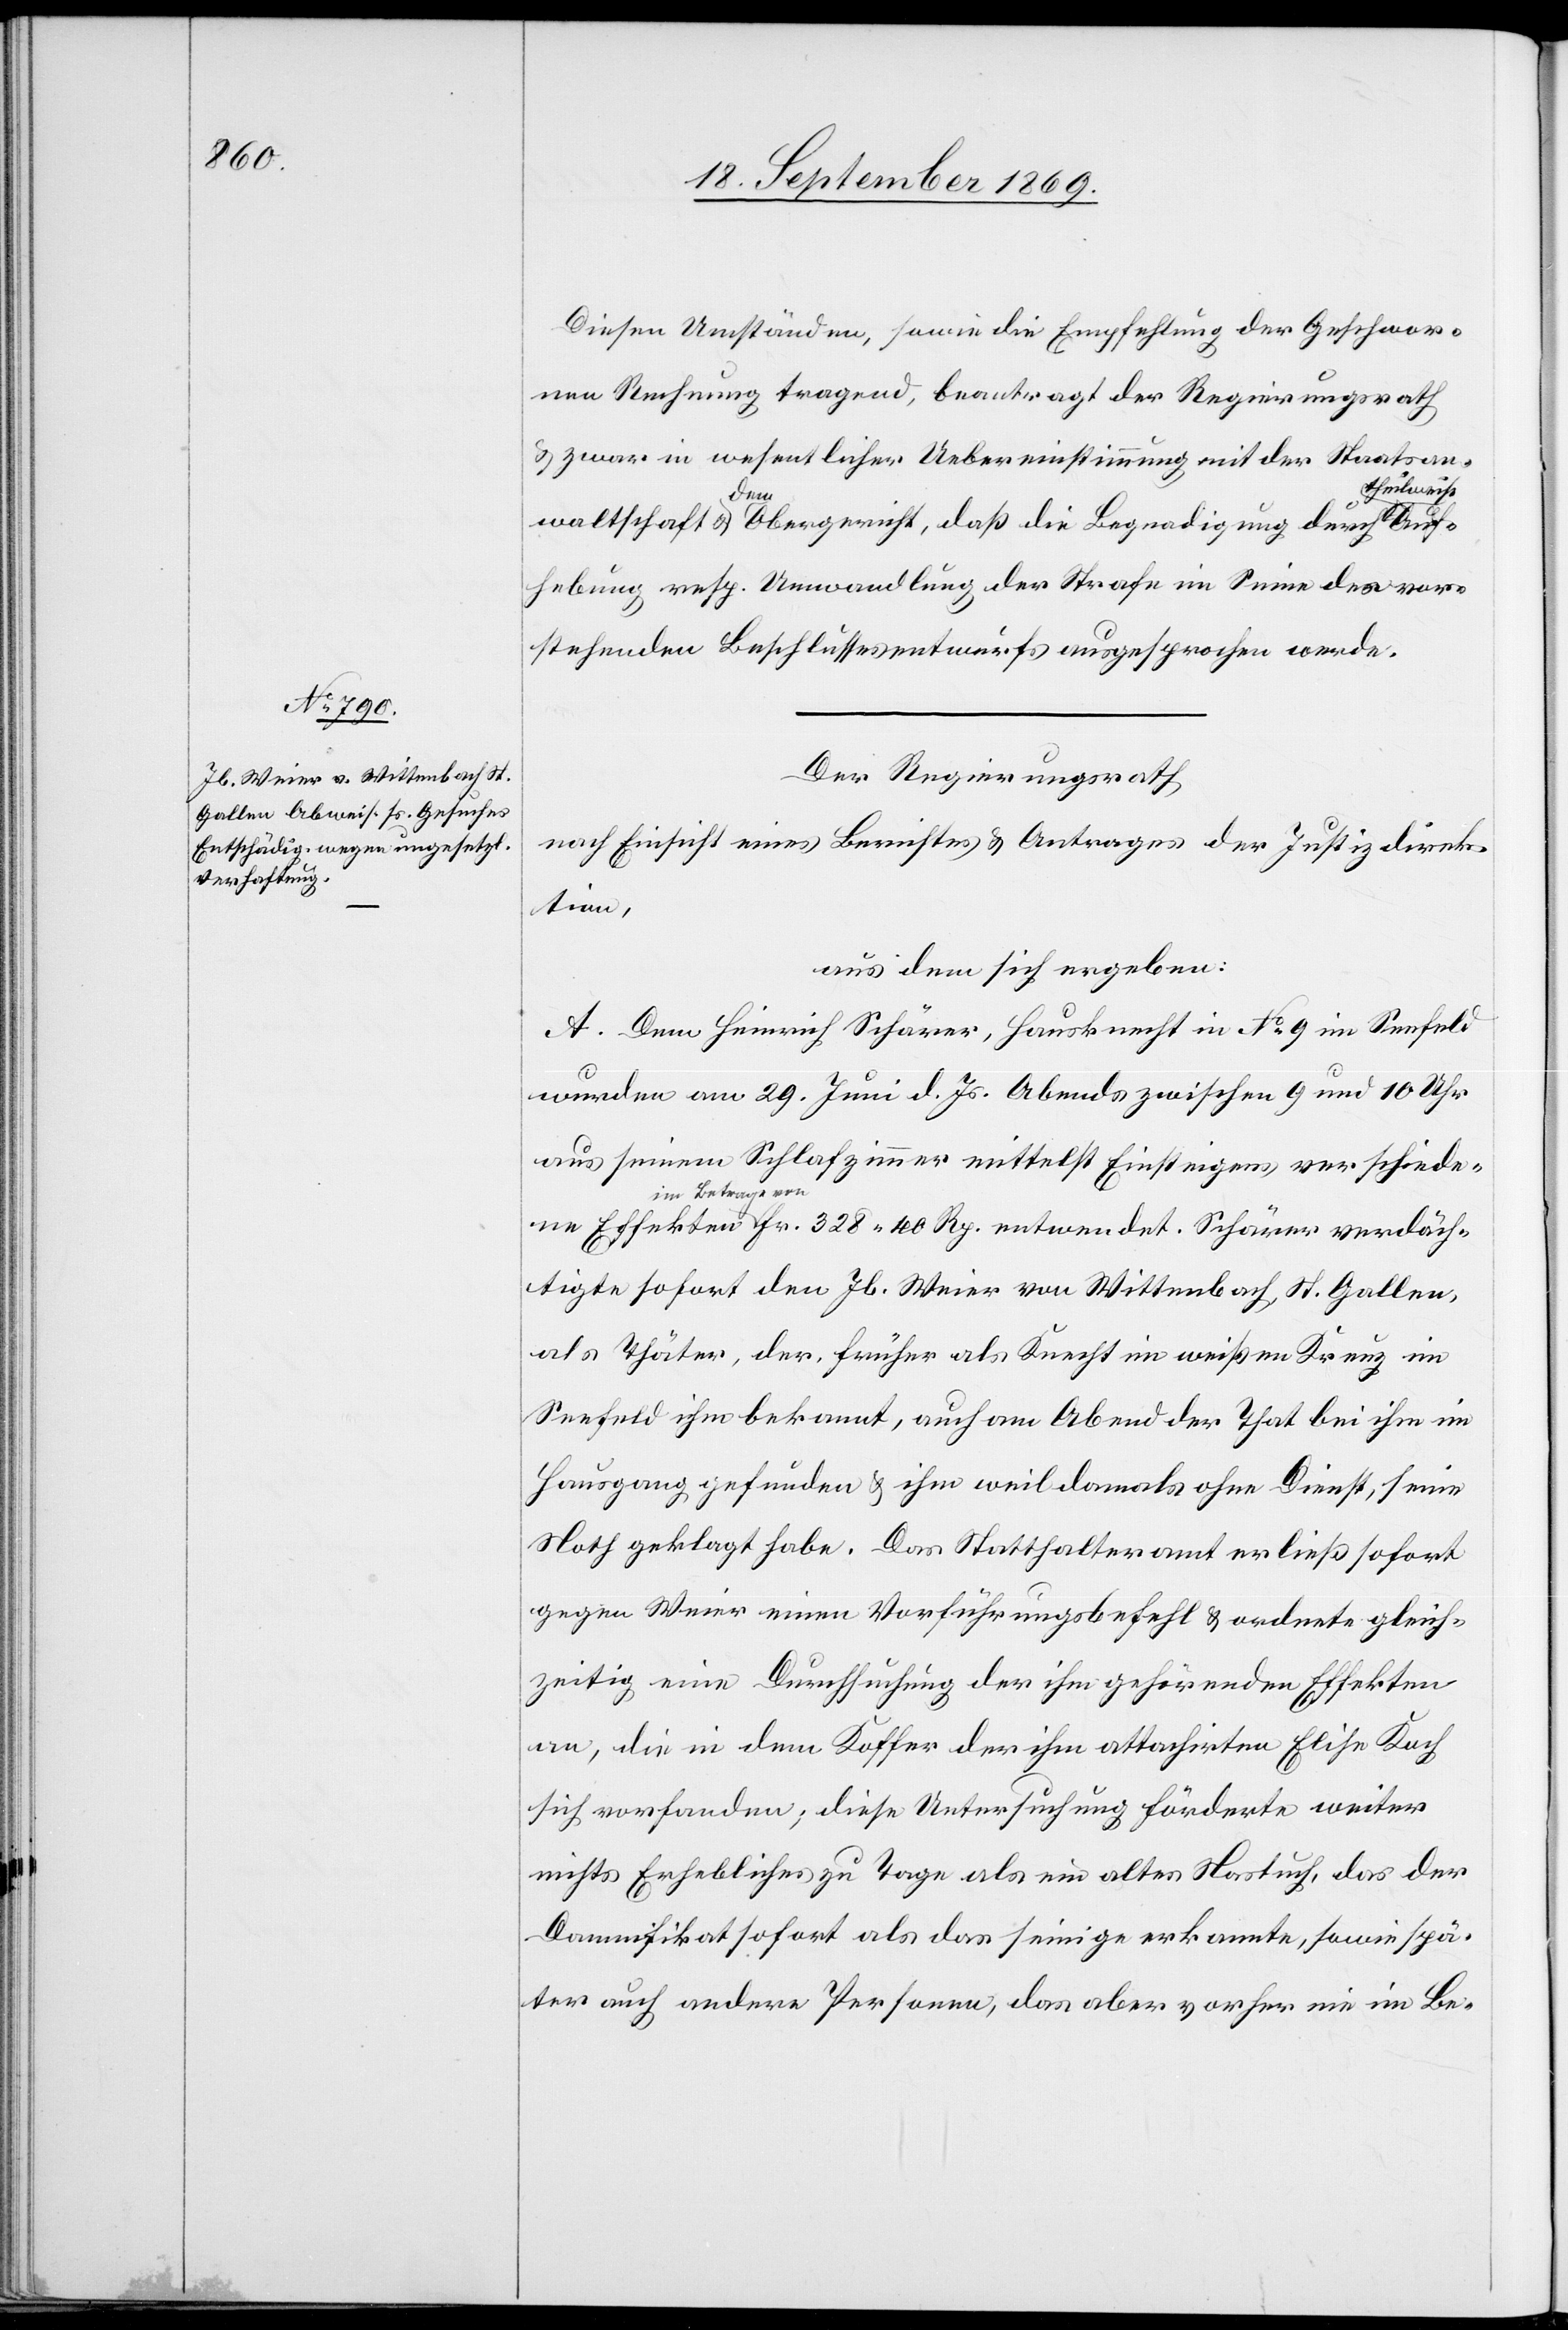
Diesen Umständen, sowie die [sic!] Empfehlung der Geschwor¬
nen Rechnung tragend, beantragt der Regierungsrath
& zwar in wesentlicher Uebereinstimmung mit der Staatsan¬
heilweise
ve¬
waltschaft & dem Obergericht, daß die Begnadigung durch t¬
fhebung resp. Umwandlung der Strafe im Sinne des vor¬
stehenden Beschlussesentwurfs ausgesprochen werde.
Der Regierungsrath
nach Einsicht eines Berichtes & Antrages der Justizdirek¬
tion,
aus dem sich ergeben:
A. Dem Heinrich Schärer, Hausknecht in No 9 im Seefeld
rdäch¬
wurden am 29. Juni d. Js. Abends zwischen 9 und 10 Uhr
aus seinem Schlafzimmer mittelst Einsteigens verschiedene
im Betrage von
tigte sofort den Jb. Weier von Wittenbach, St. Gallen,
als Thäter, der früher als Knecht im weißen Kreuz im
Seefeld ihm bekannt, auch am Abend der That bei ihm im
Hausgang gefunden & ihm weil damals ohne Dienst, seine
Noth geklagt habe. Das Statthalteramt erließ sofort
gegen Weier einen Vorführungsbefehl & ordnete gleich¬
zeitig eine Durchsuchung der ihm gehörenden Effekten
an, die in dem Koffer der ihm attachirten Elise Koch
sich vorfanden; diese Untersuchung förderte weiter
nichts Erhebliches zu Tage als ein altes Nastuch, das der
Damnifikat sofort als das seinige erkannte, sowie spä¬
ter auch andere Personen, das aber vorher nie im Be-